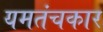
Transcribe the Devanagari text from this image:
यमतंचकार